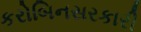
કરોબિનસરકારી